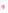
و